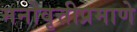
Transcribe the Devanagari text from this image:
मनोवृत्तीप्रमाणे